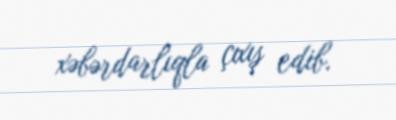
xəbərdarlıqla çıxış edib.